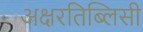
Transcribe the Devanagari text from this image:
अक्षरतिब्लिसी